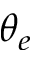
\theta _ { e }